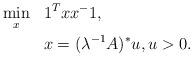
LaTeX: \begin{align*}\begin{aligned}&\min_{x}&&1^{T}xx^{-}1,\\&&&x=(\lambda^{-1}A)^{\ast}u,u>0.\end{aligned}\end{align*}